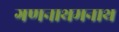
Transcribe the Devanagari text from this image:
गणनाथमनाथ